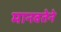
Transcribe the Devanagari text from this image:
मानवतेने